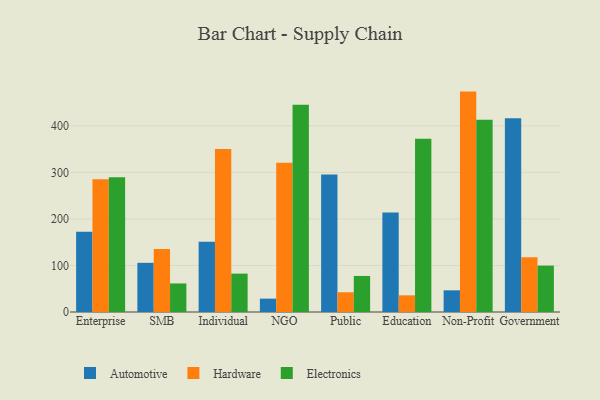
{"axis": {"x": "Segment", "y": "Production Output"}, "legend": ["Automotive", "Electronics", "Hardware"], "data": [{"x": "Enterprise", "y": 172.5, "type": "Automotive"}, {"x": "Enterprise", "y": 285.3, "type": "Hardware"}, {"x": "Enterprise", "y": 289.7, "type": "Electronics"}, {"x": "SMB", "y": 105.7, "type": "Automotive"}, {"x": "SMB", "y": 135.3, "type": "Hardware"}, {"x": "SMB", "y": 61.4, "type": "Electronics"}, {"x": "Individual", "y": 150.8, "type": "Automotive"}, {"x": "Individual", "y": 350.4, "type": "Hardware"}, {"x": "Individual", "y": 82.5, "type": "Electronics"}, {"x": "NGO", "y": 28.7, "type": "Automotive"}, {"x": "NGO", "y": 320.6, "type": "Hardware"}, {"x": "NGO", "y": 445.7, "type": "Electronics"}, {"x": "Public", "y": 295.7, "type": "Automotive"}, {"x": "Public", "y": 42.4, "type": "Hardware"}, {"x": "Public", "y": 77.5, "type": "Electronics"}, {"x": "Education", "y": 213.9, "type": "Automotive"}, {"x": "Education", "y": 35.8, "type": "Hardware"}, {"x": "Education", "y": 372.2, "type": "Electronics"}, {"x": "Non-Profit", "y": 46.6, "type": "Automotive"}, {"x": "Non-Profit", "y": 473.7, "type": "Hardware"}, {"x": "Non-Profit", "y": 413.2, "type": "Electronics"}, {"x": "Government", "y": 416.5, "type": "Automotive"}, {"x": "Government", "y": 117.6, "type": "Hardware"}, {"x": "Government", "y": 99.7, "type": "Electronics"}]}